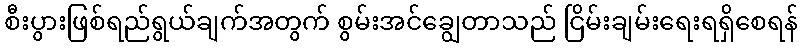
စီးပွားဖြစ်ရည်ရွယ်ချက်အတွက် စွမ်းအင်ချွေတာသည် ငြိမ်းချမ်းရေးရရှိစေရန်